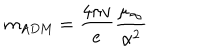
LaTeX: m _ { \mathrm { A D M } } = \frac { 4 \pi v } { e } \frac { \mu _ { \infty } } { \alpha ^ { 2 } }